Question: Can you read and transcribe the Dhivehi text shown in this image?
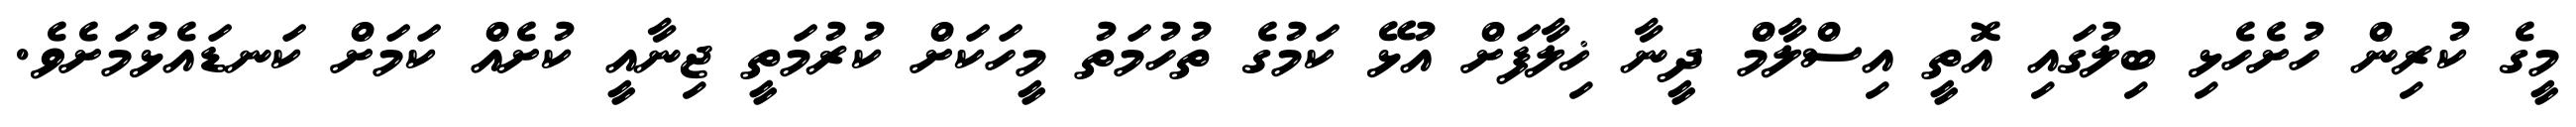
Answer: މީގެ ކުރިން ހުށެހެޅި ބިލުގައި އޮތީ އިސްލާމް ދީނާ ޚިލާފަށް އުޅޭ ކަމުގެ ތުހުމަތު މީހަކަށް ކުރުމަތީ ޖިނާއީ ކުށެއް ކަމަށް ކަނޑައެޅުމަށެވެ.